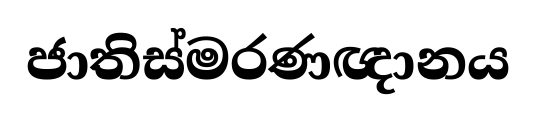
ජාතිස්මරණඥානය